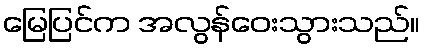
မြေပြင်က အလွန်ဝေးသွားသည်။